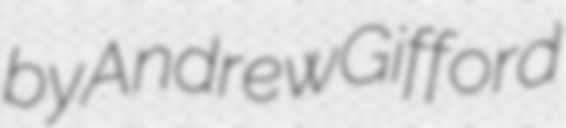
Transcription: by Andrew Gifford